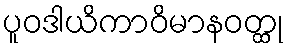
ပူဝဒါယိကာဝိမာနဝတ္ထု